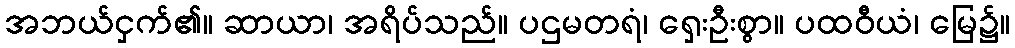
အဘယ်ငှက်၏။ ဆာယာ၊ အရိပ်သည်။ ပဌမတရံ၊ ရှေးဦးစွာ။ ပထဝီယံ၊ မြေ၌။